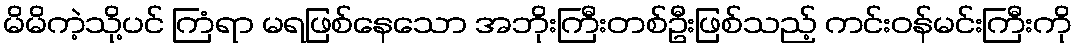
မိမိကဲ့သို့ပင် ကြံရာ မရဖြစ်နေသော အဘိုးကြီးတစ်ဦးဖြစ်သည့် ကင်းဝန်မင်းကြီးကို